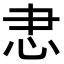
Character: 𢗱